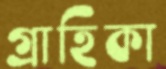
গ্রাহিকা